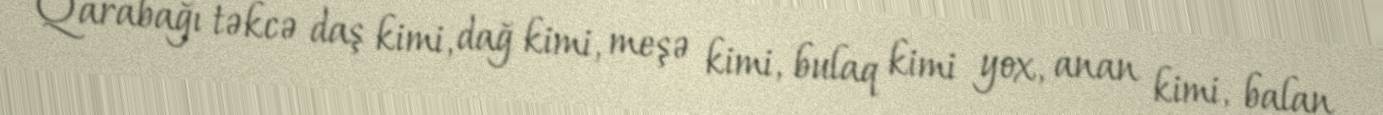
Qarabağı təkcə daş kimi, dağ kimi, meşə kimi, bulaq kimi yox, anan kimi, balan